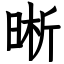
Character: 晰